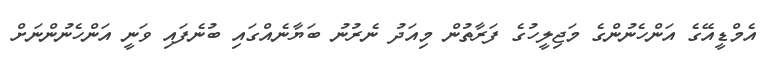
އެމްޑީއޭގެ އަންހެނުންގެ މަޖިލީހުގެ ފަރާތުން މިއަދު ނެރުނު ބަޔާނެއްގައި ބުނެފައި ވަނީ އަންހެނުންނަށް